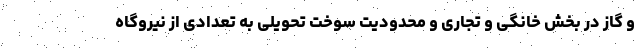
و گاز در بخش خانگی و تجاری و محدودیت سوخت تحویلی به تعدادی از نیروگاه